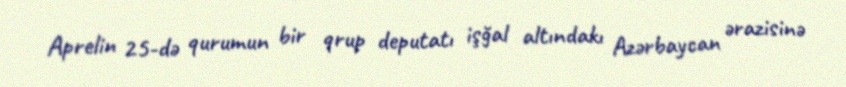
Aprelin 25-də qurumun bir qrup deputatı işğal altındakı Azərbaycan ərazisinə